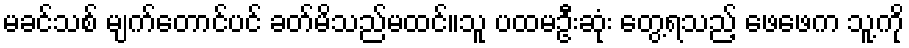
မခင်သစ် မျက်တောင်ပင် ခတ်မိသည်မထင်။သူ ပထမဦးဆုံး တွေ့ရသည့် ဖေဖေက သူ့ကို